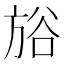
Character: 𣃺